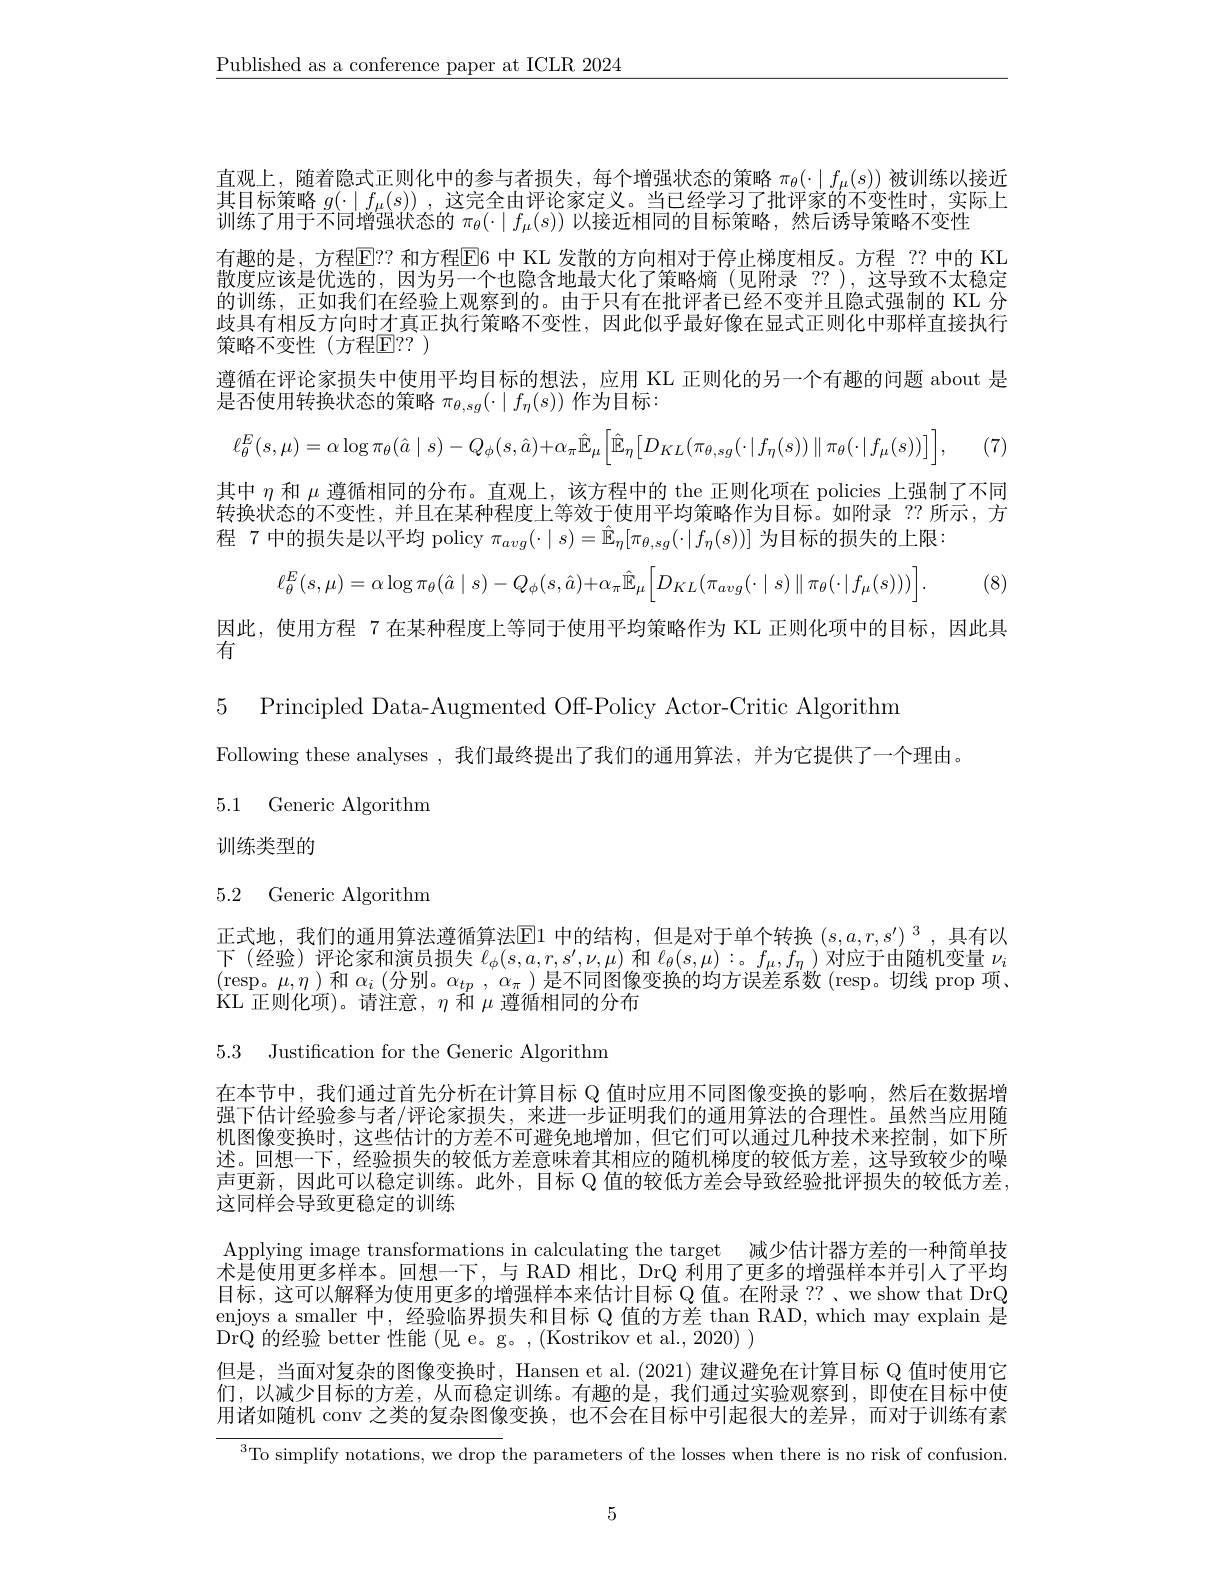
$\underline{\text{Published as a conference paper at ICLR 2024}}$

(7)

直观上，随着隐式正则化中的参与者损失，每个增强状态的策略 $\pi_\theta(\cdot\mid f_\mu(s))$ 被训练以接近世日起简略$(x+y)=-y$ 为它人士评认定广$y$ 以已经兴司了批 亚白的一座地中上 它可其目标策略$g(\cdot\mid f_{\mu}(s))$ ,这完全由评论家定义。当已经学习了批评家的不变性时，实际上训练了用于不同增强状态的$\pi_\theta(\cdot\mid f_\mu(s))$以接近相同的目标策略，然后诱导策略不变性
有趣的是，方程E！? 和方程E6 中 KL 发散的方向相对于停止梯度相反。方程 ?? 中的 KL 散度应该是优选的，因为另一个也隐含地最大化了策略熵(见附录 ??),这导致不太稳定的训练，正如我们在经验上观察到的。由于只有在批评者已经不变并且隐式强制的 KL 分歧具有相反方向时才真正执行策略不变性，因此似乎最好像在显式正则化中那样直接执行策略不变性(方程E|??)
遵循在评论家损失中使用平均目标的想法，应用 KL 正则化的另一个有趣的问题 about 是
是否使用转换状态的策略$\pi_{\theta,sg}(\cdot\mid f_\eta(s))$作为目标：
$$\ell_{\theta}^{E}(s,\mu)=\alpha\log\pi_{\theta}(\hat{a}\mid s)-Q_{\phi}(s,\hat{a})+\alpha_{\pi}\hat{\mathbb{E}}_{\mu}\Big[\hat{\mathbb{E}}_{\eta}\Big[D_{KL}(\pi_{\theta,sg}(\cdot\mid f_{\eta}(s))\parallel\pi_{\theta}(\cdot\mid f_{\mu}(s))\Big]\Big],$$
其中$\eta$和$\mu$遵循相同的分布。直观上，该方程中的 the 正则化项在 policies 上强制了不同转换状态的不变性，并且在某种程度上等效于使用平均策略作为目标。如附录 ??所示，方程 7 中的损失是以平均 policy $\pi_{avg}(\cdot\mid s)=\hat{\mathbb{E}}_\eta[\pi_{\theta,sg}(\cdot\mid f_\eta(s))]$为目标的损失的上限：
$$\ell_{\theta}^{E}(s,\mu)=\alpha\log\pi_{\theta}(\hat{a}\mid s)-Q_{\phi}(s,\hat{a})+\alpha_{\pi}\hat{\mathbb{E}}_{\mu}\Big[D_{KL}(\pi_{avg}(\cdot\mid s)\parallel\pi_{\theta}(\cdot\mid f_{\mu}(s)))\Big].$$
(8)
因此，使用方程 7 在某种程度上等同于使用平均策略作为 KL 正则化项中的目标，因此具
有
5 Principled Data-Augmented Off-Policy Actor-Critic Algorithm
Following these analyses ,我们最终提出了我们的通用算法，并为它提供了一个理由。

5.1 Generic Algorithm

训练类型的

## 5.2 Generic Algorithm

正式地，我们的通用算法遵循算法$\operatorname{El}$中的结构，但是对于单个转换$(s,a,r,s^{\prime})^3$,具有以下(经验)评论家和演员损失$\ell_\phi(s,a,r,s^{\prime},\nu,\mu)$和$\ell_\theta(s,\mu):$。$f_\mu,f_\eta)$对应于由随机变量$\nu_i$ $(\operatorname{resp}$。$\mu,\eta)$和$\alpha_i$ (分别。$\alpha_tp,\alpha_\pi)$是不同图像变换的均方误差系数 (resp。切线 prop 项、 $\operatorname{KL}$正则化项)。请注意，$\eta$和$\mu$遵循相同的分布

5.3 Justification for the Generic Algorithm

在本节中，我们通过首先分析在计算目标 Q 值时应用不同图像变换的影响，然后在数据增强下估计经验参与者/评论家损失，来进一步证明我们的通用算法的合理性。虽然当应用随机图像变换时，这些估计的方差不可避免地增加，但它们可以通过几种技术来控制，如下所述。回想一下，经验损失的较低方差意味着其相应的随机梯度的较低方差，这导致较少的噪声更新，因此可以稳定训练。此外，目标$\mathbb{Q}$值的较低方差会导致经验批评损失的较低方差这同样会导致更稳定的训练
Applying image transformations in calculating the target 减少估计器方差的一种简单技术是使用更多样本。回想一下，与 RAD 相比，DrQ 利用了更多的增强样本并引人了平均目标，这可以解释为使用更多的增强样本来估计目标 Q 值。在附录 ??、we show that DrQ enjoys a smaller 中，经验临界损失和目标 Q 值的方差 than RAD, which may explain 是DrQ 的经验 better 性能 (见 e。g。, (Kostrikov et al., 2020) )
但是，当面对复杂的图像变换时，Hansen et al. (2021) 建议避免在计算目标 Q 值时使用它们，以减少目标的方差，从而稳定训练。有趣的是，我们通过实验观察到，即使在目标中使用诸如随机 conv 之类的复杂图像变换，也不会在目标中引起很大的差异，而对于训练有素

$^{3}$To simplify notations, we drop the parameters of the losses when there is no risk of confusion.

5